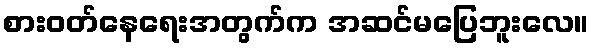
စားဝတ်နေရေးအတွက်က အဆင်မပြေဘူးလေ။